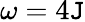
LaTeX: \omega=4\mathtt{J}